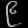
Digit: ၉